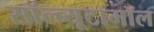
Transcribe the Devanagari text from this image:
सॉल्ब्यूटामॉल